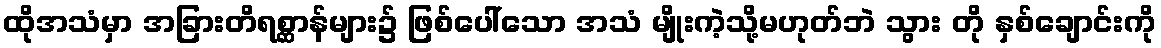
ထိုအသံမှာ အခြားတိရစ္ဆာန်များ၌ ဖြစ်ပေါ်သော အသံ မျိုးကဲ့သို့မဟုတ်ဘဲ သွား တို နှစ်ချောင်းကို